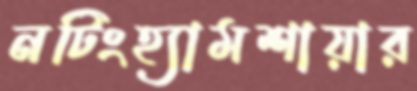
নটিংহ্যামশায়ার